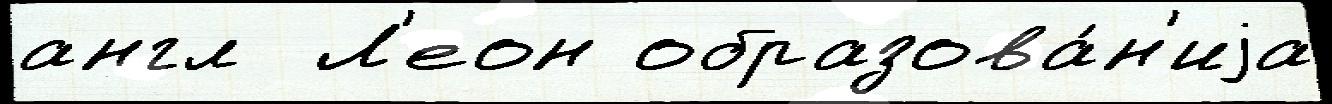
англ  Л'еон образова́н'иjа